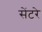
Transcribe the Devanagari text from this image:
सेंटरे